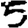
Digit: 5